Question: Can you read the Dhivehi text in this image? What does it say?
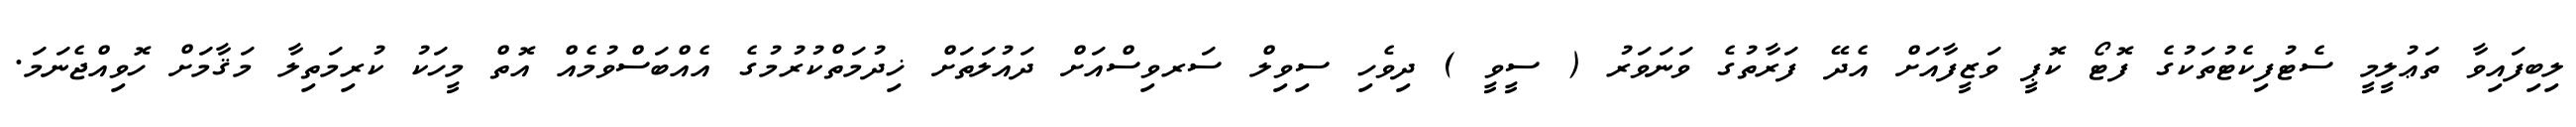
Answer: ލިބިފައިވާ ތަޢުލީމީ ސެޓުފިކެޓުތަކުގެ ފޮޓޯ ކޮޕީ ވަޒީފާއަށް އެދޭ ފަރާތުގެ ވަނަވަރު ( ސީވީ ) ދިވެހި ސިވިލް ސަރވިސްއަށް ދައުލަތަށް ޚިދުމަތްކުރުމުގެ އެއްބަސްވުމެއް އޮތް މީހަކު ކުރިމަތިލާ މަޤާމަށް ހޮވިއްޖެނަމަ.